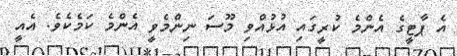
އެ ޕާޓީގެ އެންމެ ކުރީގައި އުޅުއްވި މޫސަ ނިންމެވީ އެންމެ ކަމެކެވެ. އެއީ